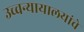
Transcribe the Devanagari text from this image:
उच्चन्यायालयांचे